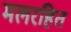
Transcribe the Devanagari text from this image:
मलरहित